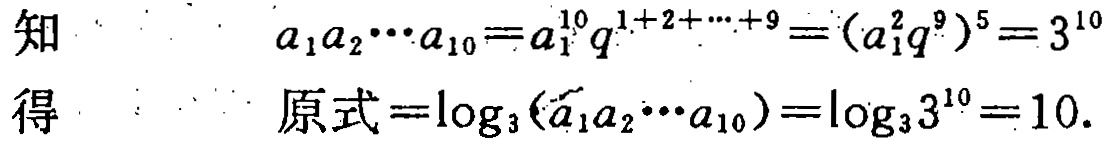
知
\[
a_{1}a_{2}\cdots a_{10}=a_{1}^{10}q^{1 + 2+\cdots+9}=(a_{1}^{2}q^{9})^{5}=3^{10}
\]
得
\[
原式=\log_{3}(a_{1}a_{2}\cdots a_{10})=\log_{3}3^{10}=10.
\]